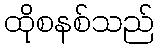
ထိုစနစ်သည်